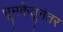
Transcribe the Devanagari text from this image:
धूमकेतूनंतर